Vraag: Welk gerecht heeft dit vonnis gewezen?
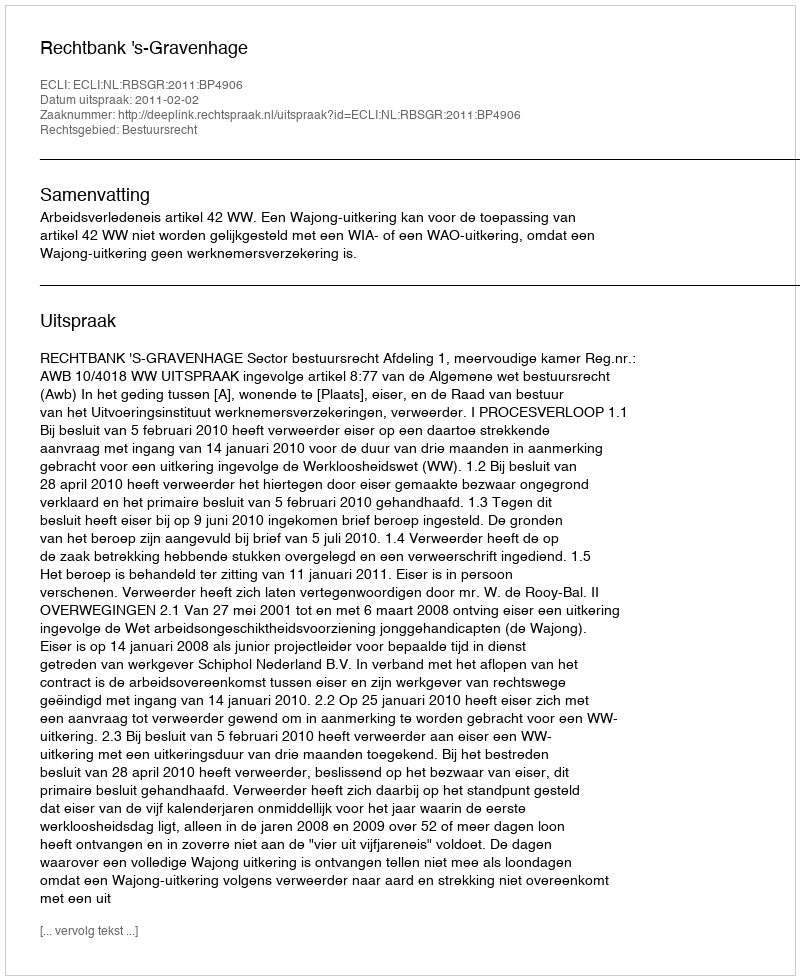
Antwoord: Rechtbank 's-Gravenhage